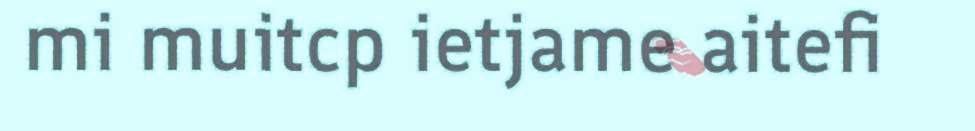
mi muitcp ietjame aitefi